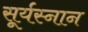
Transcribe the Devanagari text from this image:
सूर्यस्नान